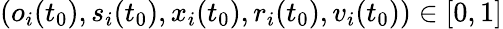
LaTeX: (o_{i}(t_{0}),s_{i}(t_{0}),x_{i}(t_{0}),r_{i}(t_{0}),v_{i}(t_{0}))\in[0,1]